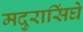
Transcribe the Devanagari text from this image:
मदुरासिंघे